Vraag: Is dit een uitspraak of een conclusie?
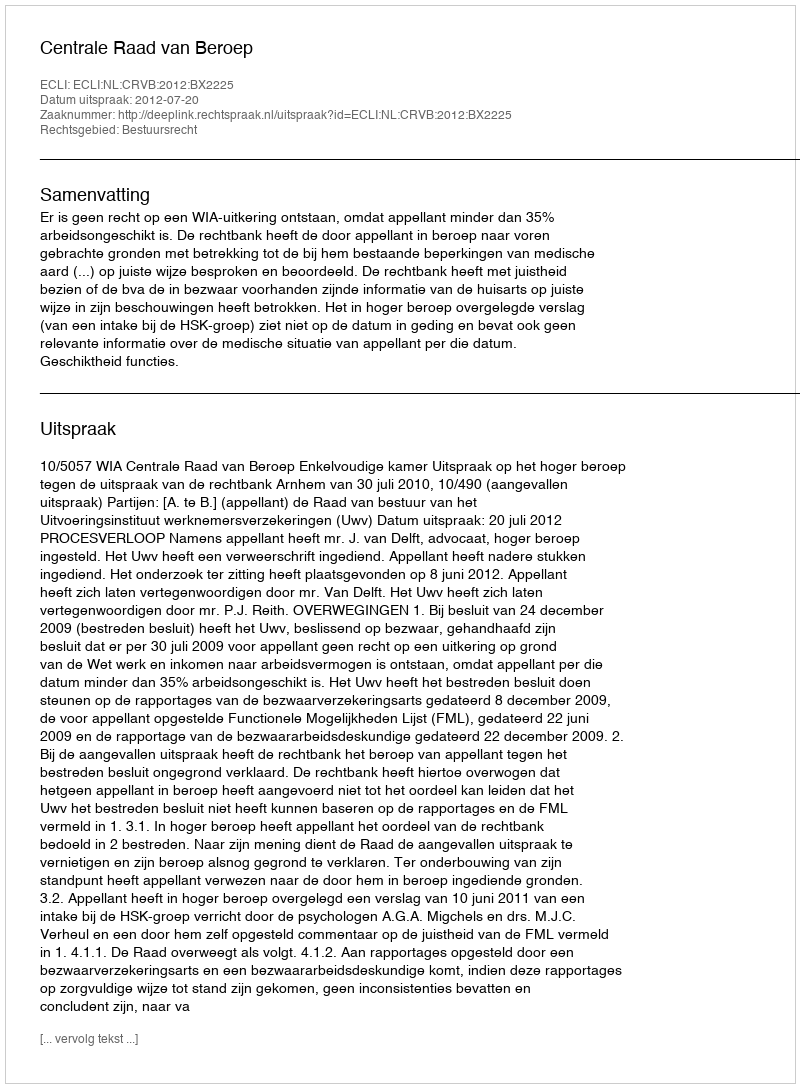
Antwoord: Uitspraak